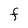
Character: F